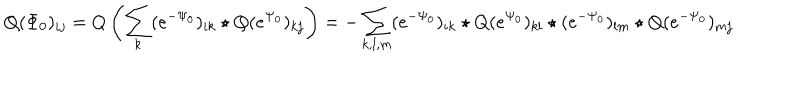
Q ( \Phi _ { 0 } ) _ { i j } = Q \left( \sum _ { k } ( e ^ { - \Psi _ { 0 } } ) _ { i k } \star Q ( e ^ { \Psi _ { 0 } } ) _ { k j } \right) = - \sum _ { k , l , m } ( e ^ { - \Psi _ { 0 } } ) _ { i k } \star Q ( e ^ { \Psi _ { 0 } } ) _ { k l } \star ( e ^ { - \Psi _ { 0 } } ) _ { l m } \star Q ( e ^ { - \Psi _ { 0 } } ) _ { m j }